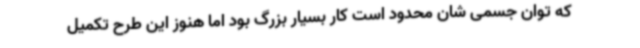
که توان جسمی شان محدود است کار بسیار بزرگ بود اما هنوز این طرح تکمیل